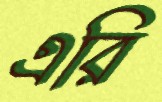
এরি